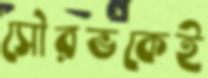
সৌরভকেই